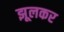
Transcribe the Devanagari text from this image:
झूलकर